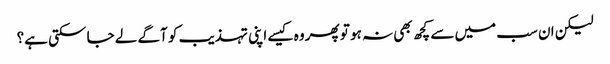
لیکن ان سب میں سے کچھ بھی نہ ہو تو پھر وہ کیسے اپنی تہذیب کو آگے لے جا سکتی ہے؟